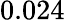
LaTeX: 0.024